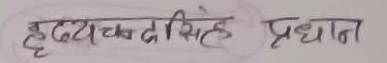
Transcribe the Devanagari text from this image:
हृदयचक्रसिहे प्रधान